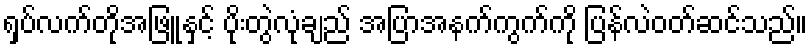
ရှပ်လက်တိုအဖြူနှင့် ပိုးတွဲလုံချည် အပြာအနက်ကွက်ကို ပြန်လဲဝတ်ဆင်သည်။